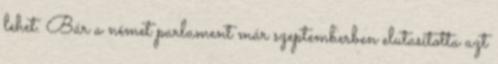
lehet. Bár a német parlament már szeptemberben elutasította azt